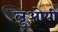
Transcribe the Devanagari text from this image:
लुओयी